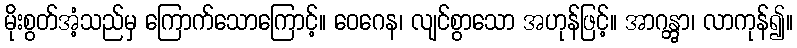
မိုးစွတ်အံ့သည်မှ ကြောက်သောကြောင့်။ ဝေဂေန၊ လျင်စွာသော အဟုန်ဖြင့်။ အာဂန္တွာ၊ လာကုန်၍။